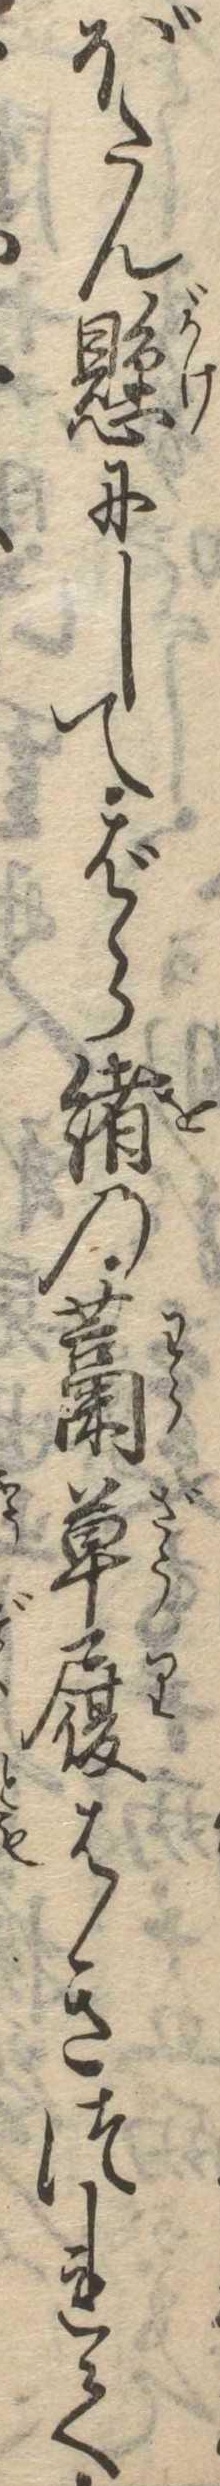
ぼたん懸にしてばら緒の藁草履はきつれて